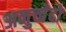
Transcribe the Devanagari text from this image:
अनुच्चेदों